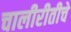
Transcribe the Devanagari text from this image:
चालीरीतीचे